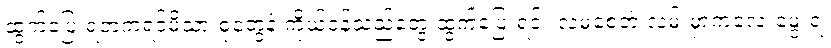
ထွက်ပြေးရတဲ့ကရင်မိသားစုတွေနဲ့ ကိုယ်ဝန်သည်တွေ ထွက်ပြေးရင်း လမစေ့ဘဲ လမ်းမှာကလေးမွေးရ၊